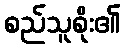
စည်သူစိုး၏